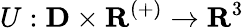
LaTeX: U:\mathbf{D}\times\mathbf{R}^{(+)}\rightarrow{\mathbf{R}}^{3}